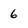
Character: 6